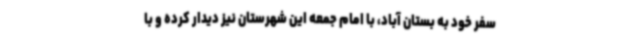
سفر خود به بستان آباد، با امام جمعه این شهرستان نیز دیدار کرده و با